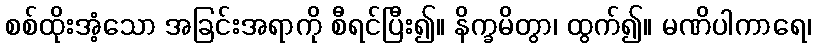
စစ်ထိုးအံ့သော အခြင်းအရာကို စီရင်ပြီး၍။ နိက္ခမိတွာ၊ ထွက်၍။ မဏိပါကာရေ၊